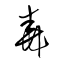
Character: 尭